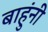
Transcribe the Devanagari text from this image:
बाहुंनी